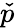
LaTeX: \check{p}